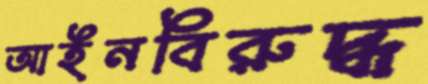
আইনবিরুদ্ধ